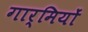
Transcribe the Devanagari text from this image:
गार्मियों